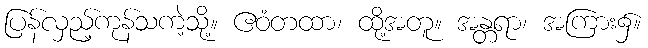
ပြန်လှည့်ကုန်သကဲ့သို့။ ဧဝံတထာ၊ ထို့အတူ။ အန္တရာ၊ အကြား၌။